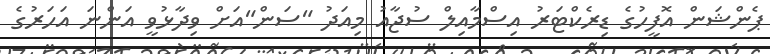
ޕެންޝަން އޮފީހުގެ ޑިރެކްޓަރު އިސްމާއިލް ސުޖާއު މިއަދު "ސަން"އަށް ވިދާޅުވީ އަންނަ އަހަރުގެ